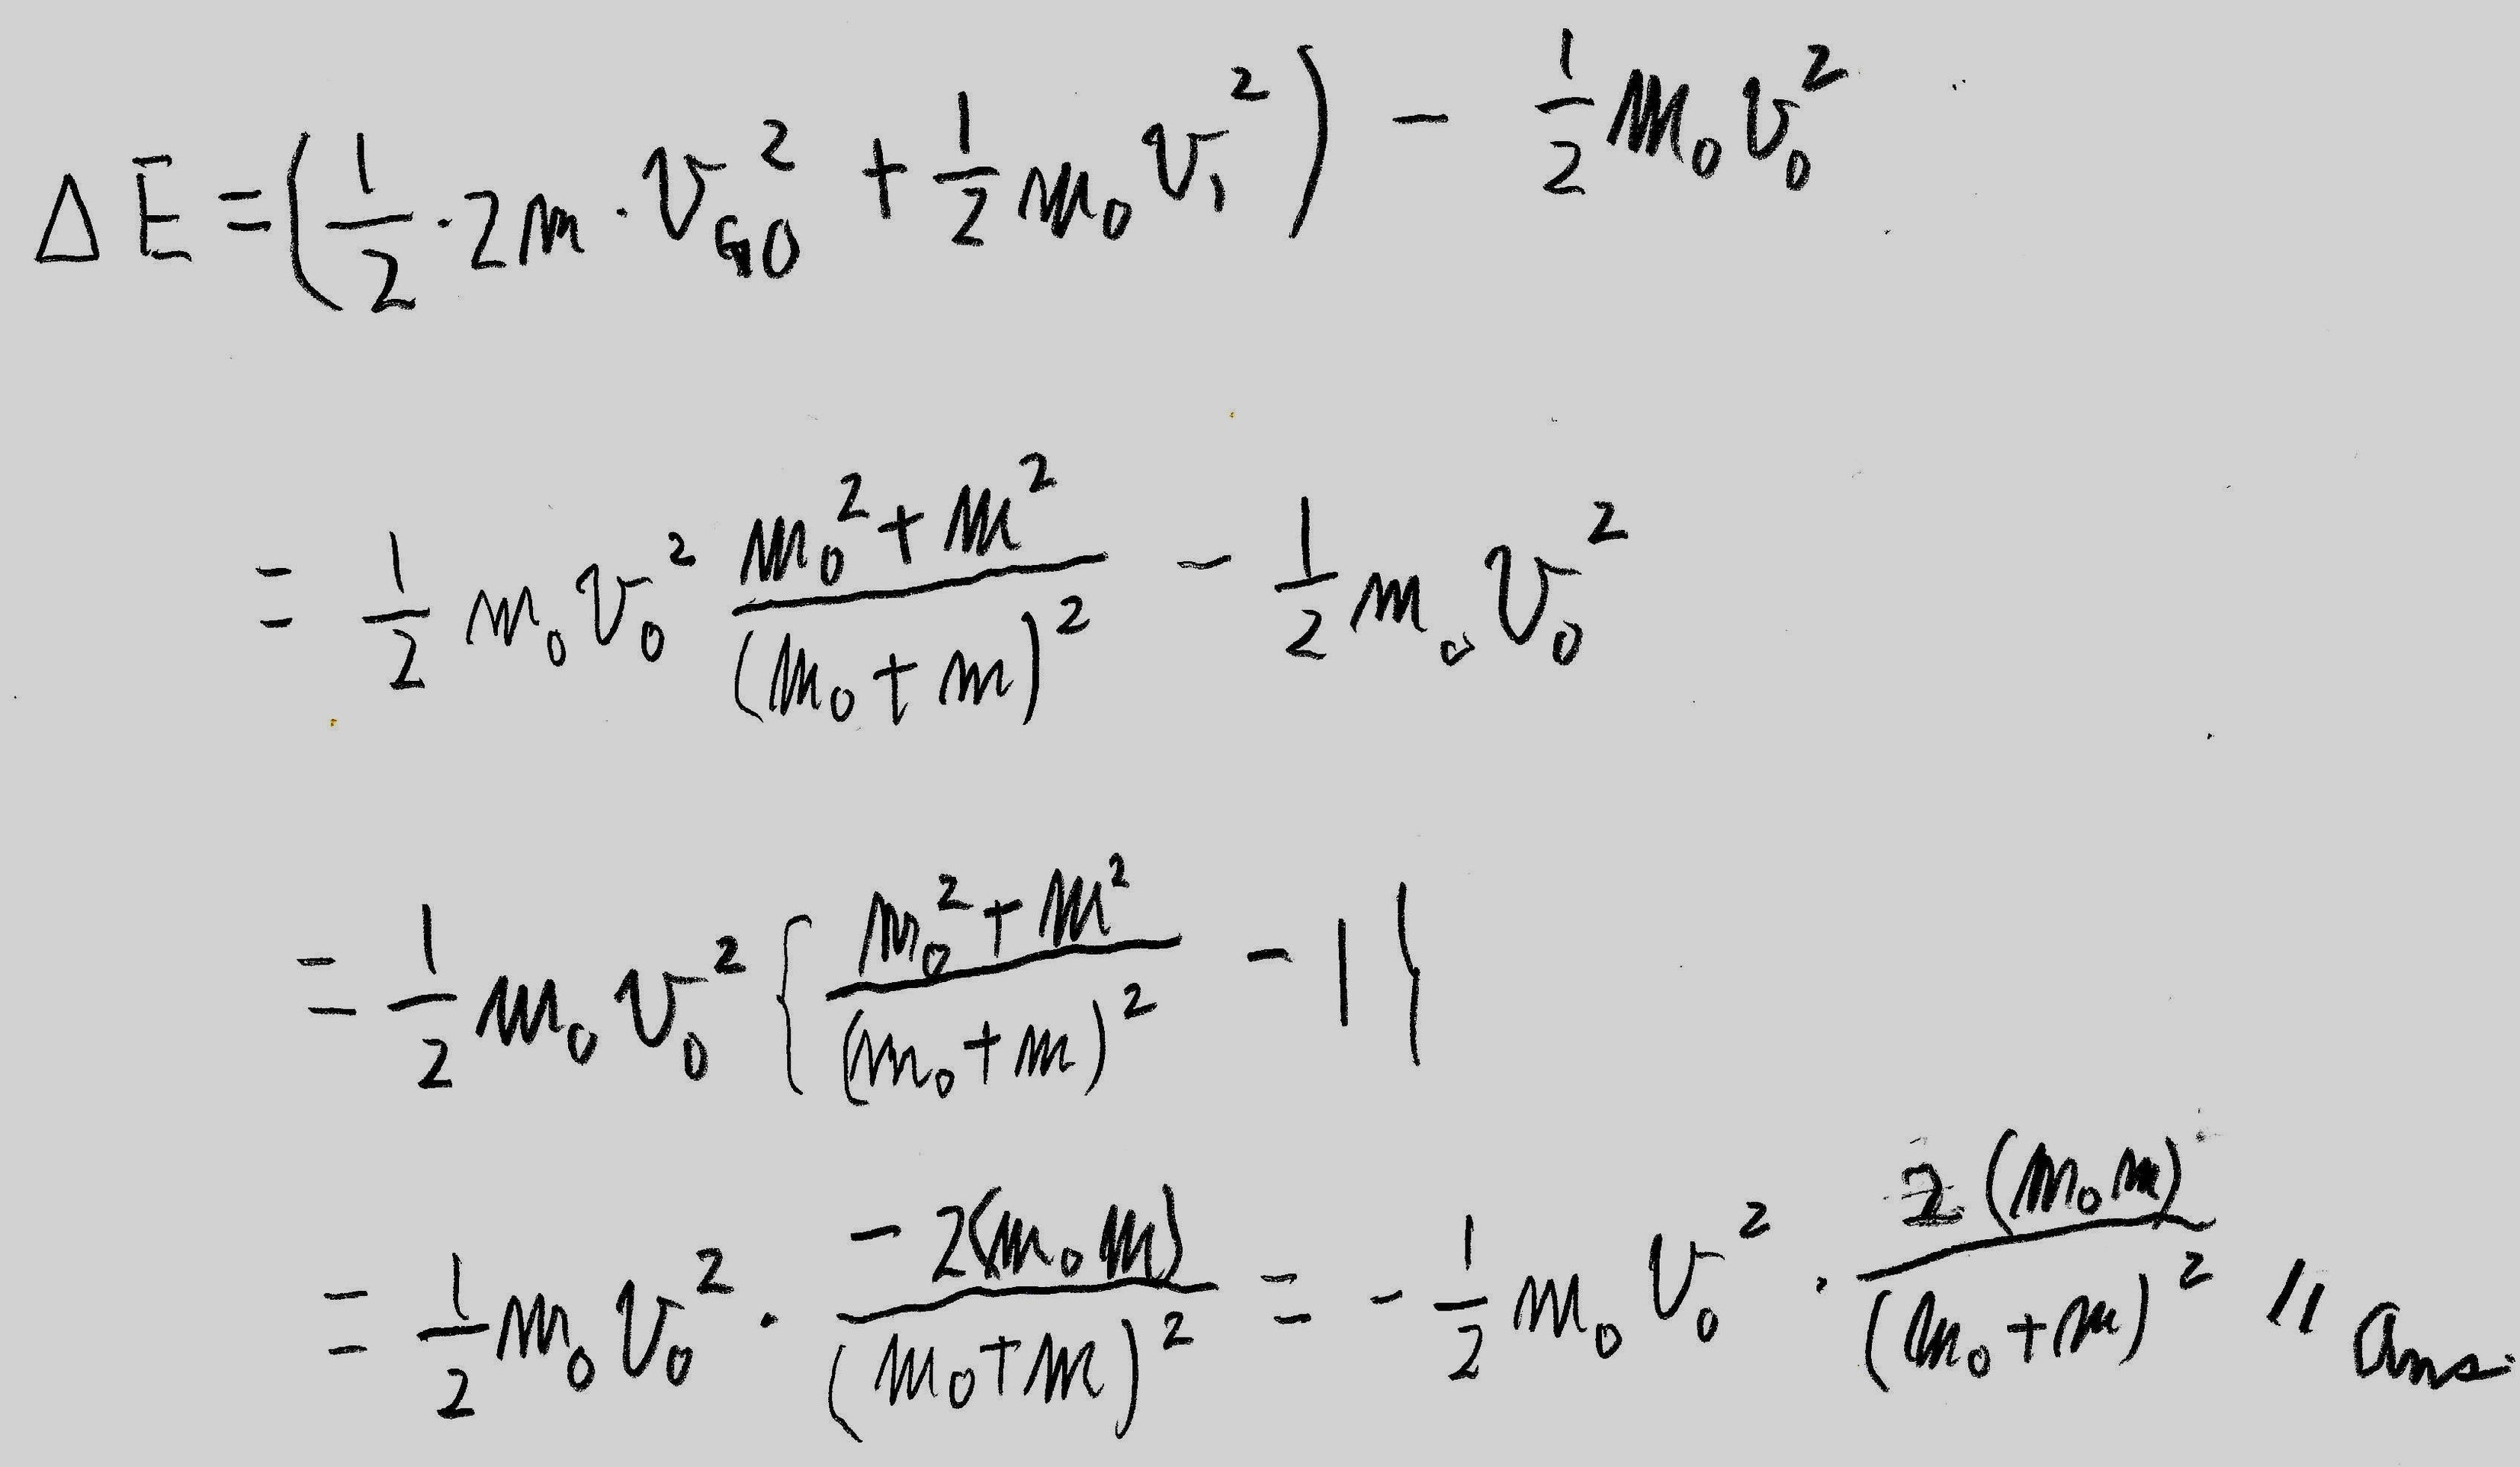
\[
\begin{align*}
\Delta E&=\left(\frac{1}{2}\cdot 2m\cdot v_{G0}^{2}+\frac{1}{2}M_{0}v_{1}^{2}\right)-\frac{1}{2}M_{0}v_{0}^{2}\\
&=\frac{1}{2}M_{0}v_{0}^{2}\frac{M_{0}^{2}+M^{2}}{(M_{0}+m)^{2}}-\frac{1}{2}M_{0}v_{0}^{2}\\
&=\frac{1}{2}M_{0}v_{0}^{2}\left\{\frac{M_{0}^{2}+M^{2}}{(M_{0}+m)^{2}}-1\right\}\\
&=\frac{1}{2}M_{0}v_{0}^{2}\cdot\frac{-2(M_{0}m)}{(M_{0}+m)^{2}}=-\frac{1}{2}M_{0}v_{0}^{2}\cdot\frac{2(M_{0}m)}{(M_{0}+m)^{2}}
\end{align*}
\]